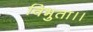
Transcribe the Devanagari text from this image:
विभुता।।